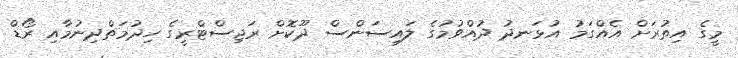
މީގެ އިތުރަށް އެއްގަމު އުޅަނދު ދުއްވުމުގެ ލައިސަންސް ދޫކޮށް ރަޖިސްޓްރީގެ ހިދުމަތްދިނުމާއި ރޯޑް